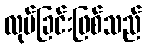
လုပ်ခြင်းဖြစ်သည်